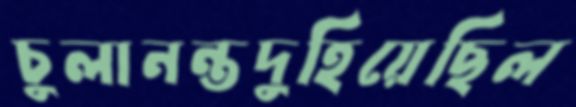
চুলানন্তদুহিয়েছিল